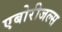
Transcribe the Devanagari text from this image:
एबोरीजल्स